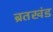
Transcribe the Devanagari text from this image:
ब्रतखंड